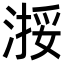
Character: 𬈗